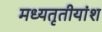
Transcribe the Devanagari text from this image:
मध्यतृतीयांश